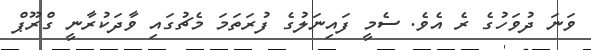
ވަނަ ދުވަހުގެ ރެ އެެވެ. ސެމީ ފައިނަލުގެ ފުރަތަމަ މެޗުގައި ވާދަކުރާނީ ގްރޫޕް